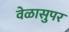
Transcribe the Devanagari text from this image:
वेळासुपर